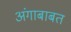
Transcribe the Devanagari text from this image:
अंगाबाबत